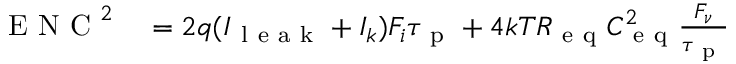
\begin{array} { r l } { \mathrm { ~ E ~ N ~ C ~ } ^ { 2 } } & { { } = 2 q ( I _ { \mathrm { ~ l ~ e ~ a ~ k ~ } } + I _ { k } ) F _ { i } \tau _ { \mathrm { ~ p ~ } } + 4 k T R _ { \mathrm { ~ e ~ q ~ } } C _ { \mathrm { ~ e ~ q ~ } } ^ { 2 } \frac { F _ { \nu } } { \tau _ { \mathrm { ~ p ~ } } } } \end{array}